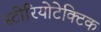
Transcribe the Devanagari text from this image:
स्टीरियोटेक्टिक